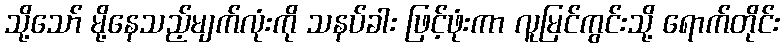
သို့သော် မို့နေသည့်မျက်လုံးကို သနပ်ခါး ဖြင့်ဖုံးကာ လူမြင်ကွင်းသို့ ရောက်တိုင်း